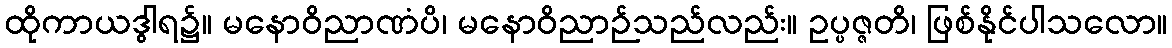
ထိုကာယဒွါရ၌။ မနောဝိညာဏံပိ၊ မနောဝိညာဉ်သည်လည်း။ ဥပ္ပဇ္ဇတိ၊ ဖြစ်နိုင်ပါသလော။